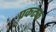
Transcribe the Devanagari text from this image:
प्रकटक